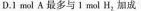
D.1mol A最多与1mol H_{2}，加成